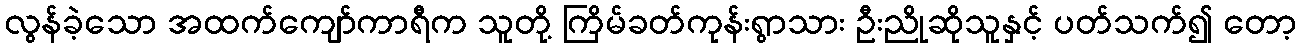
လွန်ခဲ့သော အထက်ကျော်ကာရီက သူတို့ ကြိမ်ခတ်ကုန်းရွာသား ဦးညိုဆိုသူနှင့် ပတ်သက်၍ တော့